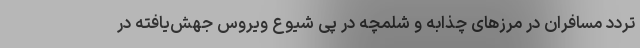
تردد مسافران در مرزهای چذابه و شلمچه در پی شیوع ویروس جهش‌یافته در